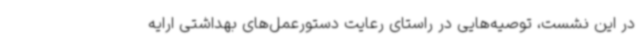
در این نشست، توصیه‌هایی در راستای رعایت دستورعمل‌های بهداشتی ارایه